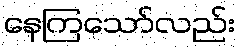
နေကြသော်လည်း